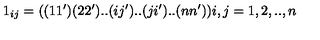
1 _ { i j } = ( ( 1 1 ^ { \prime } ) ( 2 2 ^ { \prime } ) . . ( i j ^ { \prime } ) . . ( j i ^ { \prime } ) . . ( n n ^ { \prime } ) ) i , j = 1 , 2 , . . , n